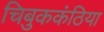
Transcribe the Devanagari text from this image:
चिबुककंठिया